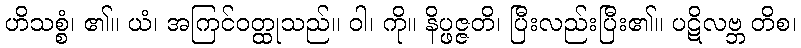
ဟိသစ္စံ၊ ၏။ ယံ၊ အကြင်ဝတ္ထုသည်။ ဝါ၊ ကို။ နိပ္ဖဇ္ဇတိ၊ ပြီးလည်းပြီး၏။ ပဋိလဗ္ဘ တိစ၊